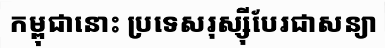
កម្ពុជានោះ ប្រទេសរុស្ស៊ីបែរជាសន្យា